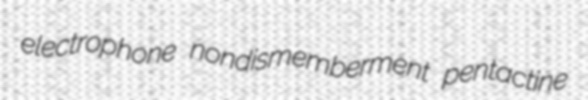
electrophone nondismemberment pentactine